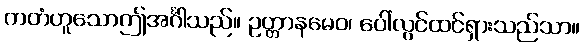
ကတံဟူသောဤအင်္ဂါသည်။ ဥတ္တာနမေဝ၊ ပေါ်လွင်ထင်ရှားသည်သာ။